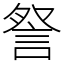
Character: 詧